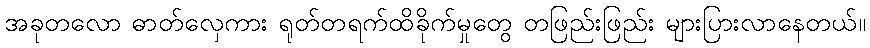
အခုတလော ဓာတ်လှေကား ရုတ်တရက်ထိခိုက်မှုတွေ တဖြည်းဖြည်း များပြားလာနေတယ်။